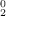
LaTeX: \mathbf { \Pi } _ { 2 } ^ { 0 }